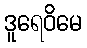
ဒူရေဝိမေ